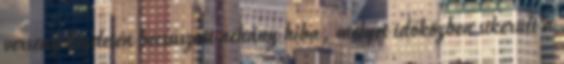
verseny kezdetén becsúszott néhány hiba, melyet időközben sikerült a